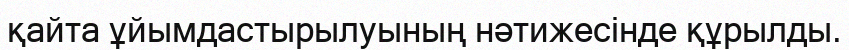
қайта ұйымдастырылуының нәтижесінде құрылды.